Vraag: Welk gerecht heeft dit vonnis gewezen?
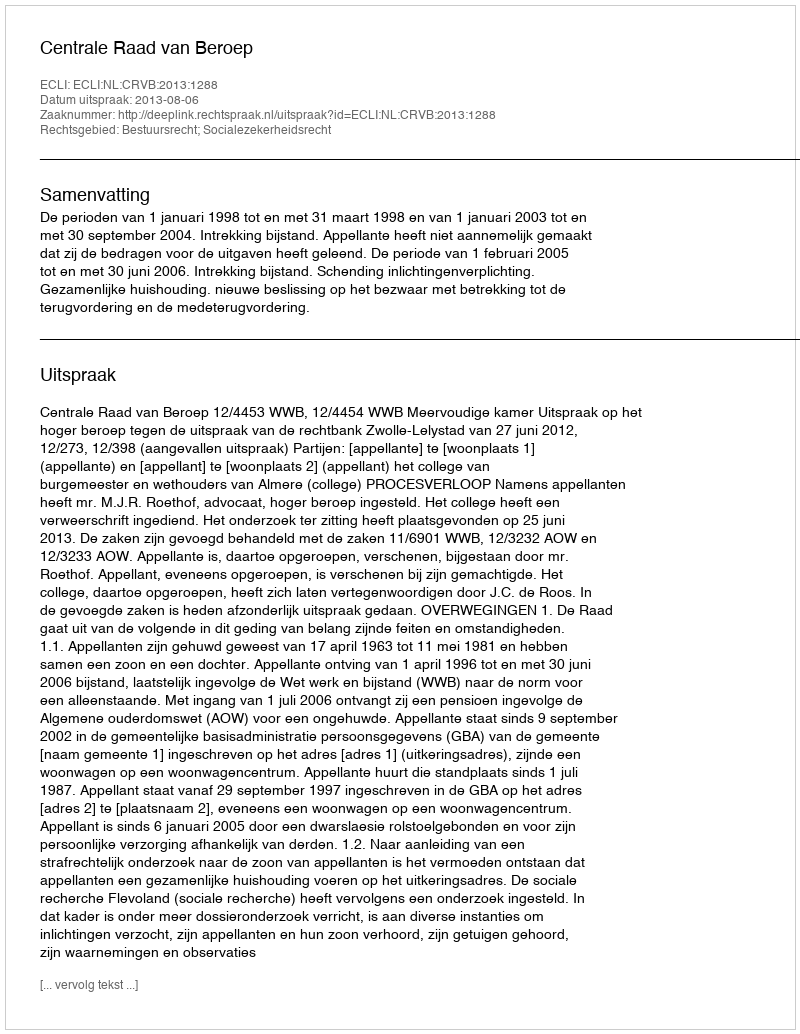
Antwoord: Centrale Raad van Beroep